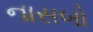
નાસબો